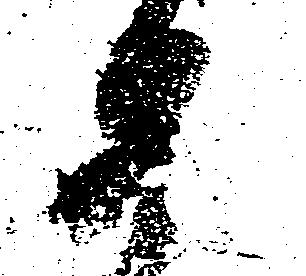
如